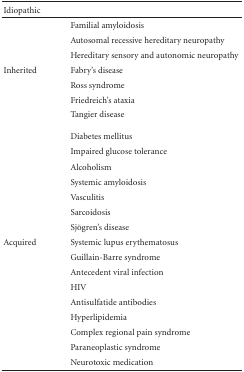
<table><thead><tr><td><b>Idiopathic </b></td><td><b> </b></td></tr></thead><tbody><tr><td> </td><td>Familial amyloidosis </td></tr><tr><td> </td><td>Autosomal recessive hereditary neuropathy </td></tr><tr><td> </td><td>Hereditary sensory and autonomic neuropathy </td></tr><tr><td>Inherited</td><td>Fabry&#x27;s disease </td></tr><tr><td> </td><td>Ross syndrome </td></tr><tr><td> </td><td>Friedreich&#x27;s ataxia </td></tr><tr><td> </td><td>Tangier disease</td></tr><tr><td> </td><td>Diabetes mellitus </td></tr><tr><td> </td><td>Impaired glucose tolerance </td></tr><tr><td> </td><td>Alcoholism </td></tr><tr><td> </td><td>Systemic amyloidosis </td></tr><tr><td> </td><td>Vasculitis </td></tr><tr><td> </td><td>Sarcoidosis </td></tr><tr><td> </td><td>Sjögren&#x27;s disease </td></tr><tr><td>Acquired</td><td>Systemic lupus erythematosus </td></tr><tr><td> </td><td>Guillain-Barre syndrome </td></tr><tr><td> </td><td>Antecedent viral infection </td></tr><tr><td> </td><td>HIV </td></tr><tr><td> </td><td>Antisulfatide antibodies </td></tr><tr><td> </td><td>Hyperlipidemia </td></tr><tr><td> </td><td>Complex regional pain syndrome </td></tr><tr><td> </td><td>Paraneoplastic syndrome </td></tr><tr><td> </td><td>Neurotoxic medication</td></tr></tbody></table>